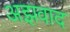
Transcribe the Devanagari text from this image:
अझवाद